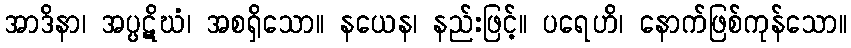
အာဒိနာ၊ အပ္ပဋိဃံ၊ အစရှိသော။ နယေန၊ နည်းဖြင့်။ ပရေဟိ၊ နောက်ဖြစ်ကုန်သော။